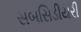
સબસિડીયરી